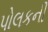
પોલકની